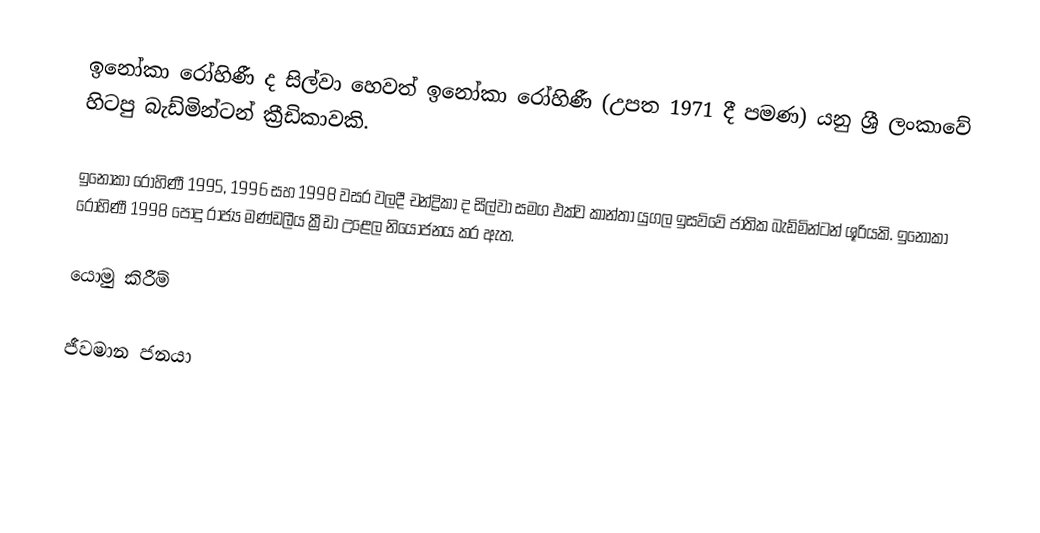
ඉනෝකා රෝහිණී ද සිල්වා හෙවත් ඉනෝකා රෝහිණී (උපත 1971 දී පමණ) යනු ශ්‍රී ලංකාවේ හිටපු බැඩ්මින්ටන් ක්‍රීඩිකාවකි.

ඉනෝකා රෝහිණී 1995, 1996 සහ 1998 වසර වලදී චන්ද්‍රිකා ද සිල්වා සමග එක්ව කාන්තා යුගල ඉසව්වේ ජාතික බැඩ්මින්ටන් ශූරියකි. ඉනෝකා රෝහිණී 1998 පොදු රාජ්‍ය මණ්ඩලීය ක්‍රීඩා උළෙල නියෝජනය කර ඇත.

යොමු කිරීම්

ජීවමාන ජනයා